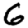
Digit: 6